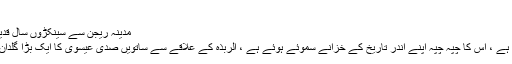
عدالت نے مطلقہ...
مدینہ ریجن سے سینکڑوں سال قدیم گلدان دریافت وجود - منگل 31 دسمبر 2019
مدینہ منورہ ریجن تاریخی مقامات سے مالا مال ہے ، اس کا چپہ چپہ اپنے اندر تاریخ کے خزانے سموئے ہوئے ہے ، الربذہ کے علاقے سے ساتویں صدی عیسوی کا ایک بڑا گلدان برآمد ہوا ہے جو دیکھنے سے تعلق رکھتا ہے ۔